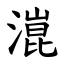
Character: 潉